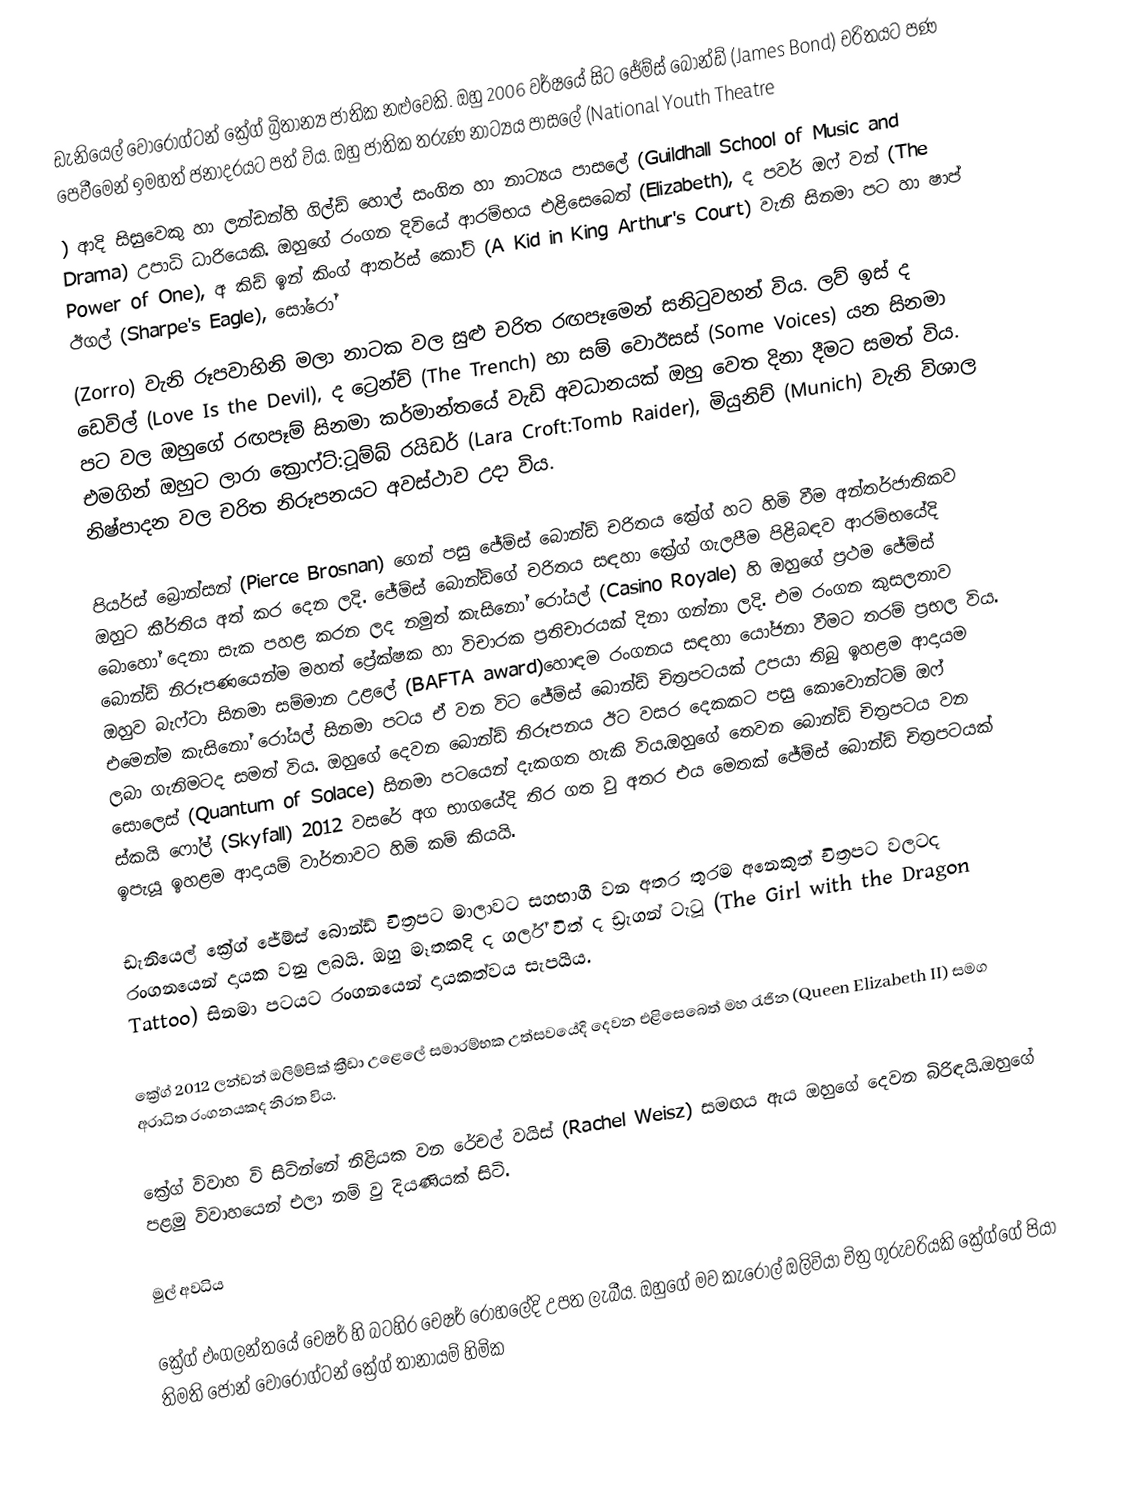
ඩැනියෙල් වොරොග්ටන් ක්‍රේග් බ්‍රිතාන්‍ය ජාතික නළුවෙකි. ඔහු 2006 වර්ෂයේ සිට ජේම්ස් බොන්ඩ් (James Bond) චරිතයට පණ පෙවීමෙන් ඉමහත් ජනාදරයට පත් විය. ඔහු ජාතික තරුණ නාට්‍යය පාසලේ (National Youth Theatre
) ආදි සිසුවෙකු හා ලන්ඩන්හි ගිල්ඩ් හොල් සංගිත හා නාට්‍යය පාසලේ  (Guildhall School of Music and Drama)  උපාධි ධාරියෙකි. ඔහුගේ රංගන දිවියේ ආරම්භය එළිසෙබෙත් (Elizabeth),  ද පවර් ඔෆ් වන් (The Power of One), අ කිඩ් ඉන් කිංග් ආතර්ස් කෝට් (A Kid in King Arthur's Court) වැනි සිනමා පට හා ෂාප් ඊගල් (Sharpe's Eagle), සෝරෝ
(Zorro) වැනි රූපවාහිනි මලා නාටක වල සුළු චරිත රඟපෑමෙන් සනිටුවහන් විය. ලව් ඉස් ද ඩෙවිල් (Love Is the Devil), ද ට්‍රෙන්ච් (The Trench) හා සම් වොඊසස් (Some Voices) යන සිනමා පට වල ඔහුගේ රඟපෑම් සිනමා කර්මාන්තයේ වැඩි අවධානයක් ඔහු වෙත දිනා දීමට සමත් විය. එමගින් ඔහුට ලාරා ක්‍රොෆ්ට්:ටූම්බ් රයිඩර් (Lara Croft:Tomb Raider), මියුනිච් (Munich) වැනි විශාල නිෂ්පාදන වල චරිත නිරූපනයට අවස්ථාව උදා විය.

පියර්ස් බ්‍රොන්සන් (Pierce Brosnan) ගෙන් පසු ජේම්ස් බොන්ඩ් චරිතය ක්‍රේග් හට හිමි වීම අන්තර්ජාතිකව ඔහුට කීර්තිය අත් කර දෙන ලදි. ජේම්ස් බොන්ඩ්ගේ චරිතය සඳහා ක්‍රේග් ගැලපීම පිළිබඳව ආරම්භයේදි බොහෝ දෙනා සැක පහළ කරන ලද නමුත් කැසිනෝ රෝයල් (Casino Royale) හි ඔහුගේ ප්‍රථම ජේම්ස් බොන්ඩ් නිරූපණයෙන්ම මහත් ප්‍රේක්ෂක හා විචාරක ප්‍රතිචාරයක් දිනා ගන්නා ලදි. එම රංගන කුසලතාව ඔහුව බැෆ්ටා සිනමා සම්මාන උළලේ (BAFTA award)හොඳම රංගනය සඳහා යෝජනා වීමට තරම් ප්‍රභල විය. එමෙන්ම කැසිනෝ රෝයල් සිනමා පටය  ඒ වන විට ජේම්ස් බොන්ඩ්  චිත්‍රපටයක් උපයා තිබු ඉහළම ආදායම ලබා ගැනිමටද සමත් විය. ඔහුගේ දෙවන බොන්ඩ් නිරූපනය ඊට වසර දෙකකට පසු කොවොන්ටම් ඔෆ් සොලෙස් (Quantum of Solace) සිනමා පටයෙන් දැකගත හැකි විය.ඔහුගේ තෙවන බොන්ඩ් චිත්‍රපටය වන ස්කයි ෆෝල් (Skyfall) 2012 වසරේ අග භාගයේදි තිර ගත වු අතර එය මෙතක් ජේම්ස් බොන්ඩ් චිත්‍රපටයක් ඉපැයූ ඉහළම ආදායම් වාර්තාවට හිමි කම් කියයි.

ඩැනියෙල් ක්‍රේග් ජේම්ස් බොන්ඩ් චිත්‍රපට මාලාවට සහභාගී වන අතර තුරම අනෙකුත් චිත්‍රපට වලටද රංගනයෙන් දායක වනු ලබයි. ඔහු මෑතකදි ද ගර්ල් විත් ද ඩ්‍රැගන් ටැටූ (The Girl with the Dragon Tattoo) සිනමා පටයට රංගනයෙන් දායකත්වය සැපයීය.

ක්‍රේග් 2012 ලන්ඩන් ඔලිම්පික් ක්‍රීඩා උළෙලේ සමාරම්භක උත්සවයේදි දෙවන එළිසෙබෙත් මහ රැජින (Queen Elizabeth II) සමග අරාධිත රංගනයකද නිරත විය.

ක්‍රේග් විවාහ වි සිටින්නේ නිළියක වන රේචල් වයිස් (Rachel Weisz) සමඟය ඇ‍ය ඔහුගේ දෙවන බිරිඳයි.ඔහුගේ පළමු විවාහයෙන් එලා නම් වු දියණියක් සිටි.

මුල් අවධිය

ක්‍රේග් එංගලන්තයේ චෙෂර් හි බටහිර චෙෂර් රෝහලේදි උපත ලැබීය. ඔහුගේ මව කැරොල් ඔලිවියා චිත්‍ර ගුරුවරියකි ක්‍රේග්ගේ පියා තිමති ජොන් වොරොග්ටන් ක්‍රේග් තානායම් හිමික